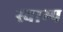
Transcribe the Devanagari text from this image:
स्वाम्प